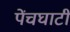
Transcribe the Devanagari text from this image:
पेंचघाटी